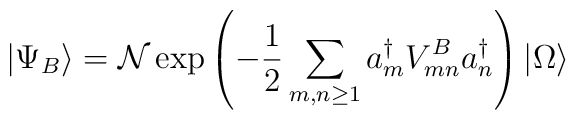
|\Psi _{B}\rangle =\mathcal{N}\exp \left( -{\frac{1}{2}}\sum_{m,n\geq1}a_{m}^{\dagger }V_{mn}^{B}a_{n}^{\dagger }\right) |\Omega \rangle